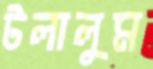
টলালুম